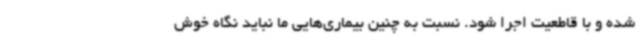
شده و با قاطعیت اجرا شود. نسبت به چنین بیماری‌هایی ما نباید نگاه خوش